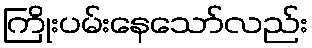
ကြိုးပမ်းနေသော်လည်း